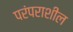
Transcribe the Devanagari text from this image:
परंपराशील